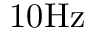
1 0 \mathrm { H z }